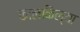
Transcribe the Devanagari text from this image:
कालकिल्या